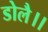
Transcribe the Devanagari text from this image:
डोलै।।